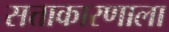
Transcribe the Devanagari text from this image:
सत्ताकारणाला